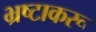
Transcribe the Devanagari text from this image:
भ्रष्टाकरू